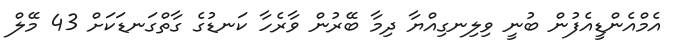
އެމްއެންޑީއެފުން ބުނީ ވިލިނގިއްޔާ ދިމާ ބޭރުން ވާރެހާ ކަނޑުގެ ގާތްގަނޑަކަށް 43 މޭލް